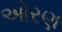
ઓરણ